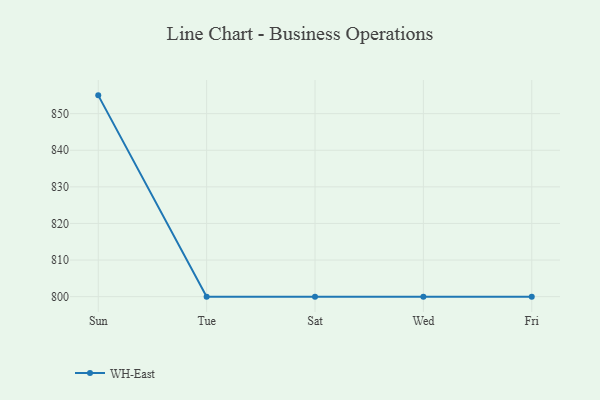
{"axis": {"x": "Day", "y": "Conversion Rate (%)"}, "legend": ["WH-East"], "data": [{"x": "Sun", "y": 855.0, "type": "WH-East"}, {"x": "Tue", "y": 800, "type": "WH-East"}, {"x": "Sat", "y": 800, "type": "WH-East"}, {"x": "Wed", "y": 800, "type": "WH-East"}, {"x": "Fri", "y": 800, "type": "WH-East"}]}